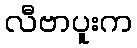
လီဗာပူးက